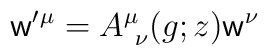
{\sf w}^{\prime}{}^{\mu}=A^{\mu}_{~\nu}(g;z){\sf w}^{\nu}